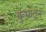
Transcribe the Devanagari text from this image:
कुंभातून